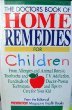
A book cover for The Doctors Book of Home Remedies for Children: From Allergies and Animal Bites to Toothache and TV Addiction, Hundreds of Doctor-Proven Techniques; Prevention Magazine Health Books; Health, Fitness & Dieting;